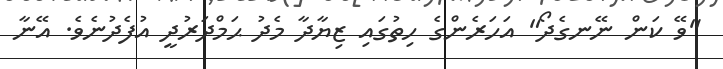
"ވޭ ކަން ނޭނގެދޯ" އަހަރެންގެ ހިތުގައި ޒިޔާދާ މެދު ޙަމްދަރުދީ އުފެދުނެވެ. އޭނާ